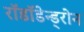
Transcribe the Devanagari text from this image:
रॉडॉडेन्ड्रोन